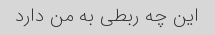
این چه ربطی به من دارد